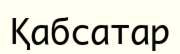
Қабсатар